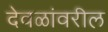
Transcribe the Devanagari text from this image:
देवळांवरील